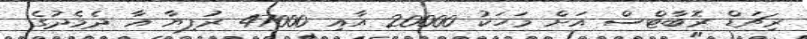
ރިޗަޑް ރޮބާޓްސް އަށް މަހަކު 20000 އާއި 47000 ރުފިޔާ އާ ދެމެދުގެ